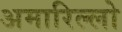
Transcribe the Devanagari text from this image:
अमारिल्लो